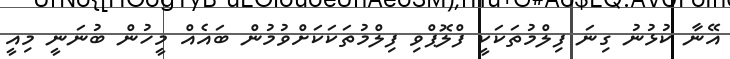
އޭނާ ކުޅުނު ގިނަ ފިލްމުތަކަކީ ފްލޮޕްވި ފިލްމުތަކަކަށްވުމުން ބައެއް މީހުން ބުނަނީ މިއީ